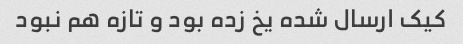
کیک ارسال شده یخ زده بود و تازه هم نبود